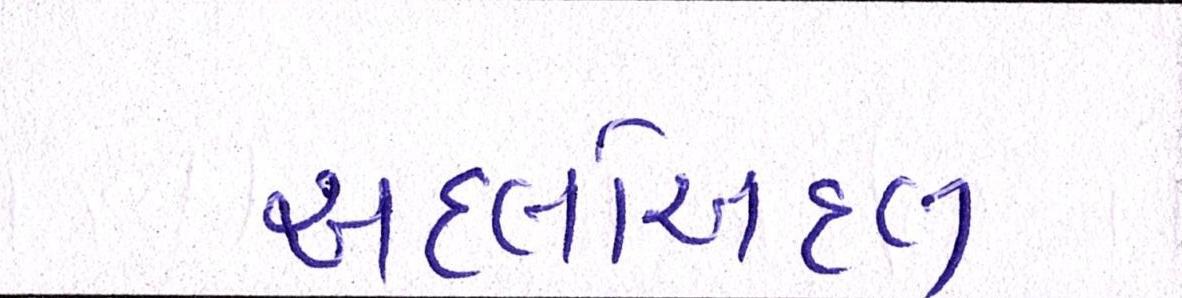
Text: અદલોઅદલ